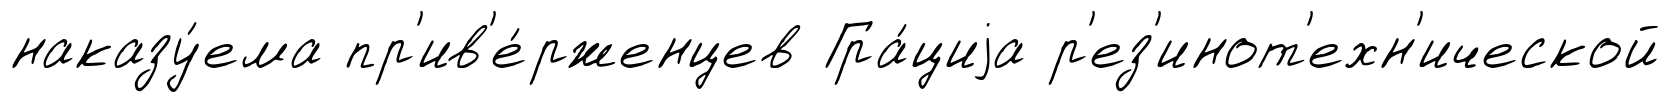
наказу́ема пр'ив'е́рженцев Гра́циjа р'ез'инот'ехн'ической